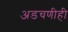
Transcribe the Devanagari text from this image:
अडचणीही